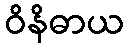
ဝိနိဓာယ